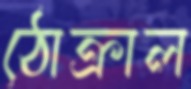
ঠোক্‌রাল